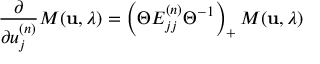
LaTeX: \frac { \partial } { \partial u _ { j } ^ { ( n ) } } M ( { \bf u } , \lambda ) = \left( \Theta E _ { j j } ^ { ( n ) } \Theta ^ { - 1 } \right) _ { + } M ( { \bf u } , \lambda )